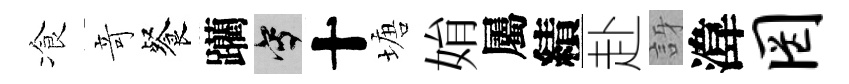
飡竒餐躪寫十塘姢屬績赴訝湋罔